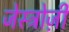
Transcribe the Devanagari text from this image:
जेस्ट्रोज़ी